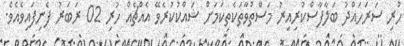
ހުރި ސަރަހައްދު ބަލާފާސްކުރިއިރު މަސްތުވާތަކެތިކަމަށް ޝައްކުކުރެވޭ އެއްޗެއް ހުރި 02 ރަބަރު ފެނިފައިވެއެވެ.